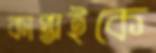
কাপ্তাইকে